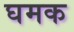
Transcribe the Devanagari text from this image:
घमक